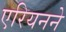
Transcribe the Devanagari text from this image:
एरियनने